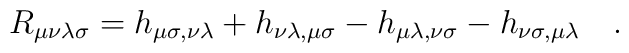
R_{\mu\nu\lambda\sigma} =h_{\mu\sigma,\nu\lambda}+h_{\nu\lambda,\mu\sigma}-h_{\mu\lambda,\nu\sigma}-h_{\nu\sigma,\mu\lambda} \quad .